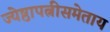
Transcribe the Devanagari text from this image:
ज्येष्ठापत्नीसमेताय